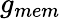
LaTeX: g_{mem}